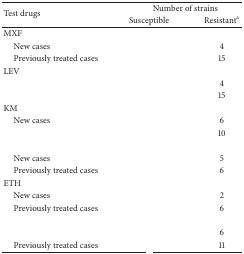
<table><thead><tr><td rowspan="2"><b>Test drugs</b></td><td colspan="2"><b>Number of strains</b></td></tr><tr><td><b>Susceptible </b></td><td><b>Resistant<sup>a</sup></b></td></tr></thead><tbody><tr><td>MXF</td><td>[EMPTY_CELL]</td><td>[EMPTY_CELL]</td></tr><tr><td> New cases</td><td>[EMPTY_CELL]</td><td>4</td></tr><tr><td> Previously treated cases</td><td>[EMPTY_CELL]</td><td>15</td></tr><tr><td>LEV</td><td>[EMPTY_CELL]</td><td>[EMPTY_CELL]</td></tr><tr><td>[EMPTY_CELL]</td><td>[EMPTY_CELL]</td><td>4</td></tr><tr><td>[EMPTY_CELL]</td><td>[EMPTY_CELL]</td><td>15</td></tr><tr><td>KM</td><td>[EMPTY_CELL]</td><td>[EMPTY_CELL]</td></tr><tr><td> New cases</td><td>[EMPTY_CELL]</td><td>6</td></tr><tr><td>[EMPTY_CELL]</td><td>[EMPTY_CELL]</td><td>10</td></tr><tr><td>[EMPTY_CELL]</td><td>[EMPTY_CELL]</td><td>[EMPTY_CELL]</td></tr><tr><td> New cases</td><td>[EMPTY_CELL]</td><td>5</td></tr><tr><td> Previously treated cases</td><td>[EMPTY_CELL]</td><td>6</td></tr><tr><td>ETH</td><td>[EMPTY_CELL]</td><td>[EMPTY_CELL]</td></tr><tr><td> New cases</td><td>[EMPTY_CELL]</td><td>2</td></tr><tr><td> Previously treated cases</td><td>[EMPTY_CELL]</td><td>6</td></tr><tr><td>[EMPTY_CELL]</td><td>[EMPTY_CELL]</td><td>[EMPTY_CELL]</td></tr><tr><td>[EMPTY_CELL]</td><td>[EMPTY_CELL]</td><td>6</td></tr><tr><td> Previously treated cases</td><td>[EMPTY_CELL]</td><td>11</td></tr></tbody></table>